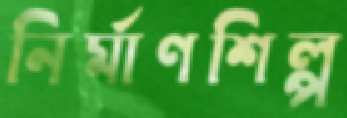
নির্মাণশিল্প